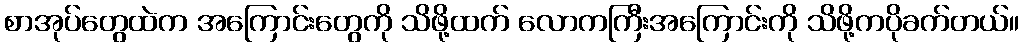
စာအုပ်တွေထဲက အကြောင်းတွေကို သိဖို့ထက် လောကကြီးအကြောင်းကို သိဖို့ကပိုခက်တယ်။